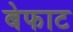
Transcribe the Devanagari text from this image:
बेफाट